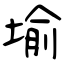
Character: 堬